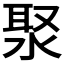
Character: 𣷗